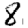
Digit: 8